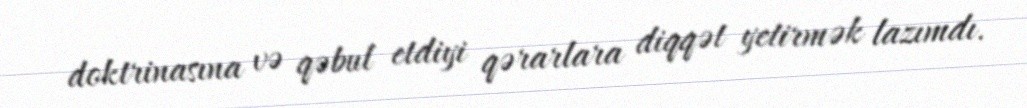
doktrinasına və qəbul etdiyi qərarlara diqqət yetirmək lazımdı.